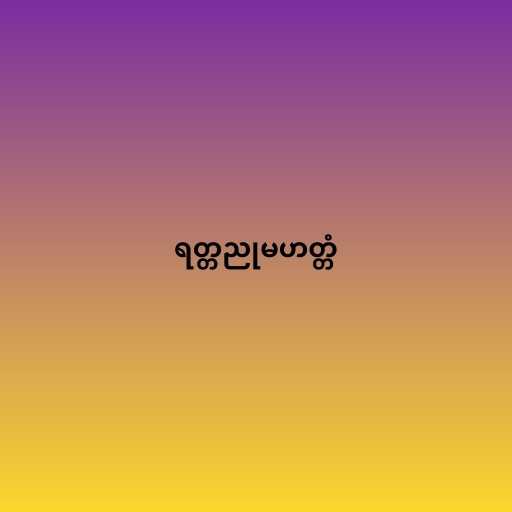
ရတ္တညုမဟတ္တံ